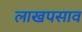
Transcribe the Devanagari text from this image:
लाखपसाव